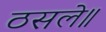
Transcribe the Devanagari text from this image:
ठसले॥